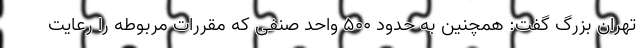
تهران بزرگ گفت: همچنین به حدود ۵۰۰ واحد صنفی که مقررات مربوطه را رعایت